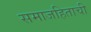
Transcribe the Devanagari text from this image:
समाजहिताची